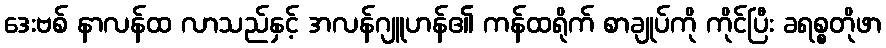
ဒေးဗစ် နာလန်ထ လာသည်နှင့် အလန်ဂျူဟန်၏ ကန်ထရိုက် စာချုပ်ကို ကိုင်ပြီး ခရစ္စတိုဖာ